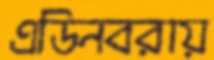
এডিনবরায়